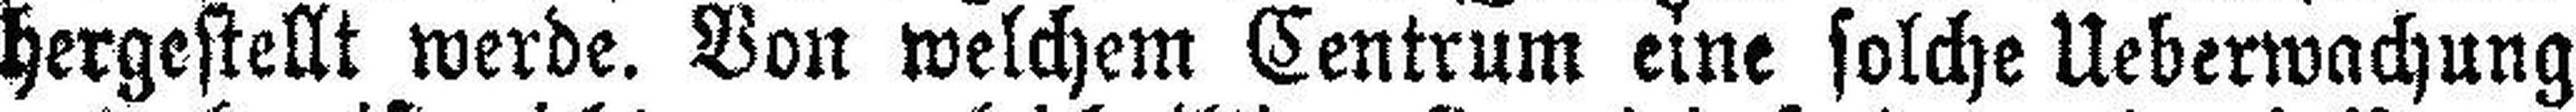
hergestellt werde. Von welchem Centrum eine solche Ueberwachung